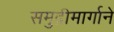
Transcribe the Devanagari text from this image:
समुद्रीमार्गाने